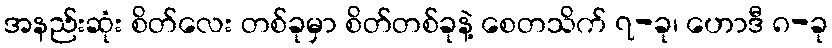
အနည်းဆုံး စိတ်လေး တစ်ခုမှာ စိတ်တစ်ခုနဲ့ စေတသိက် ၇-ခု၊ ဟောဒီ ၈-ခု